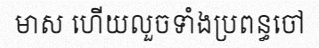
មាស ហើយលួចទាំងប្រពន្ធចៅ